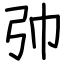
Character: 𢎭